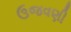
ઉજવણી